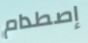
إصطدام